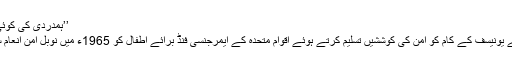
’’ہمدردی کی کوئی حدود نہیں‘‘
بچوں کے لیے یونیسف کے کام کو امن کی کوششیں تسلیم کرتے ہوئے اقوام متحدہ کے ایمرجنسی فنڈ برائے اطفال کو 1965ء میں نوبل امن انعام سے نوازا گیا۔